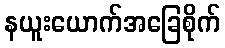
နယူးယောက်အခြေစိုက်